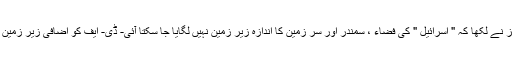
یروشلم نے جلد ہی جان لیا جیسا کہ اسرائیل کے ٹائمز نے لکھا کہ " اسرائیل " کی فضاء ، سمندر اور سر زمین کا اندازہ زیر زمین نہیں لگایا جا سکتا آئی- ڈی- ایف کو اضافی زیر زمین غلبہ حاصل کرنے کے لیےوقت کی ضرورت تھی۔